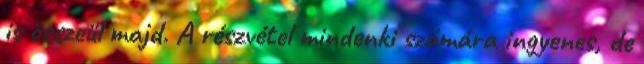
is összeül majd. A részvétel mindenki számára ingyenes, de